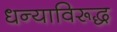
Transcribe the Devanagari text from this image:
धन्याविरूद्ध